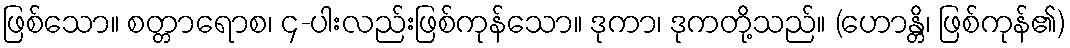
ဖြစ်သော။ စတ္တာရောစ၊ ၄-ပါးလည်းဖြစ်ကုန်သော။ ဒုကာ၊ ဒုကတို့သည်။ (ဟောန္တိ၊ ဖြစ်ကုန်၏)